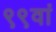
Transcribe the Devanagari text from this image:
९९वां